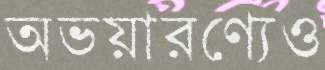
অভয়ারণ্যেও